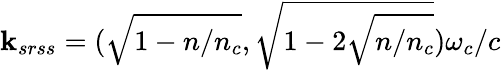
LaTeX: \textbf{k}_{srss}=(\sqrt{1-n/n_{c}},\sqrt{1-2\sqrt{n/n_{c}}})\omega_{c}/c